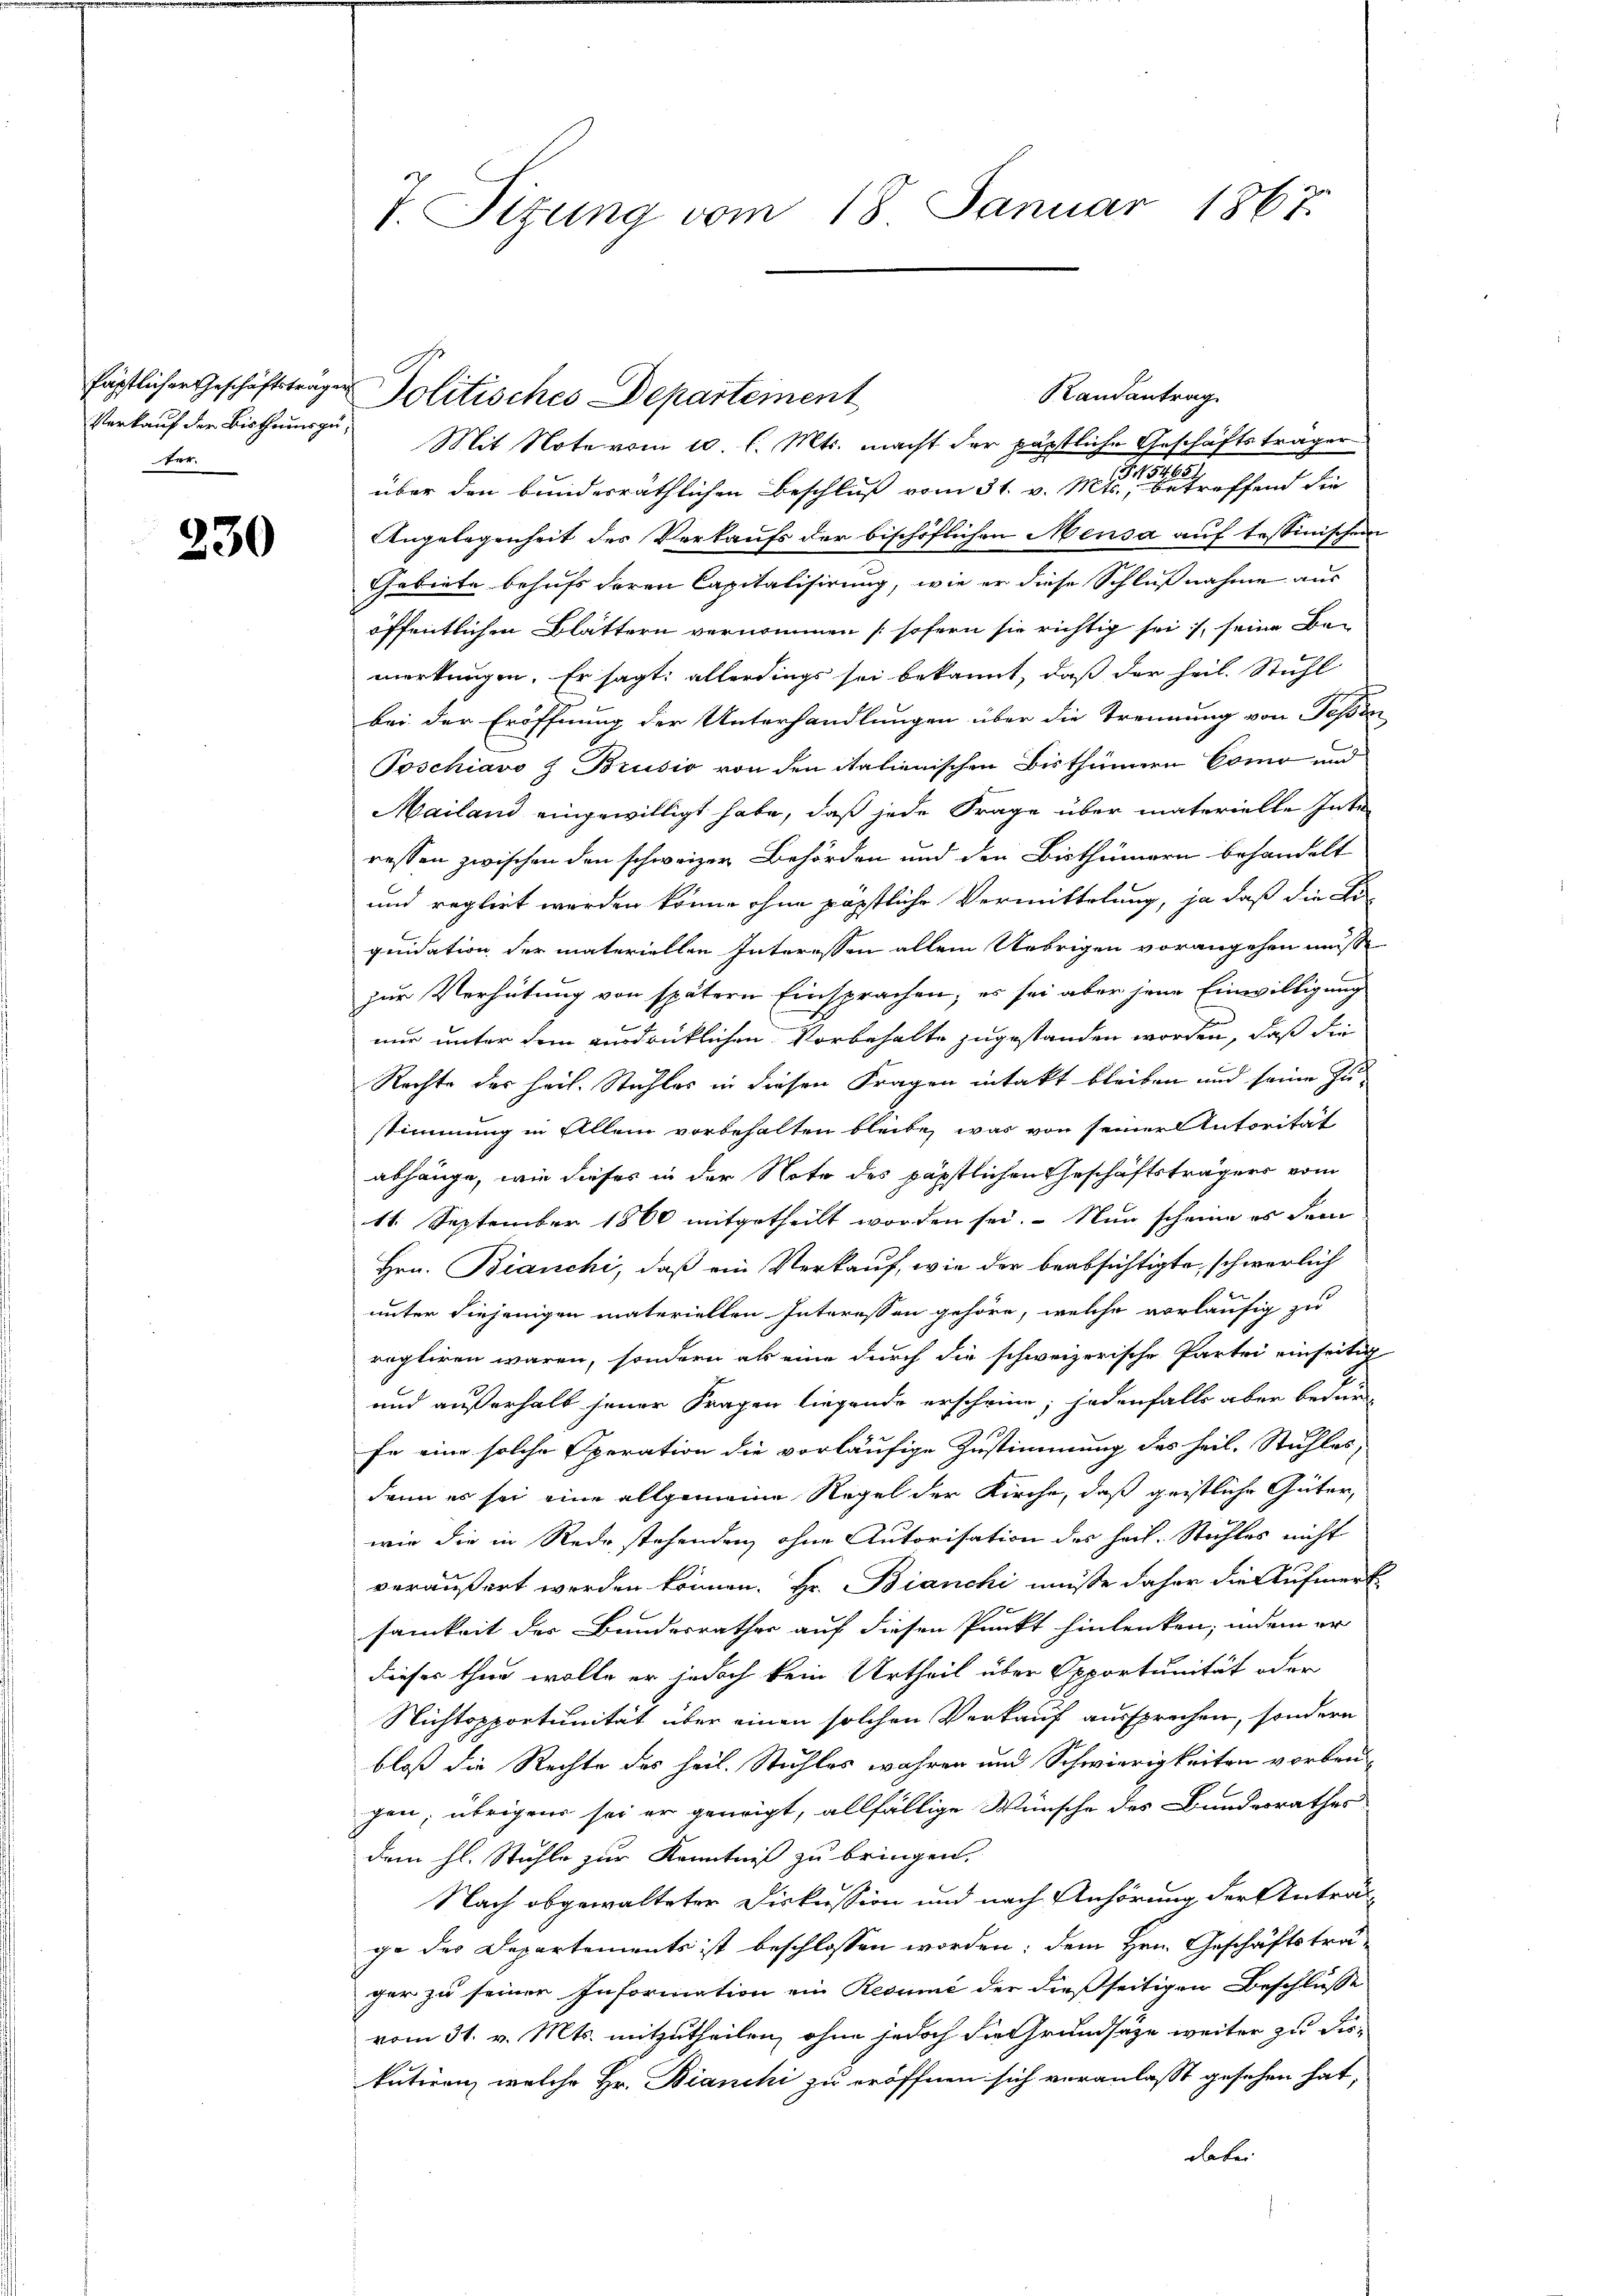
Verkauf der Bisthumsguter.

230

Mit Note vom 10. l. Mts. macht der pärtliche Geschäftsträger
über den bunderräthlichen Beschluß vom 31. v. Mts. treffend die
Angelegenheit der Verkaufs der bischöflichen Mensa auf tessinischen
Gebiete behufs deren Capitalisirung, wie er diese Schlußnahme aus
öffentlichen Blättern vernommen (sofern sie richtig sei, seine Bemerkungen. Er sagt: allerdings sei bekannt, daß der heil. Stuhl
bei der Eröffnung der Unterhandlungen über die Trennung von Teßin
Poschiavo z Brusio von den italienischen Bisthumen Como und
Mailand eingewilligt habe, daß jede Frage über materielle Inte-
ressen zwischen den schweizer Behörden und den Bisthümern behandelt
und reglirt werden könne ohne päpstliche Vermittelung, ja daß die Fiquidation der materiellen Interessen allein Uebrigen vorangehen müsse
zur Verhütung von spätern Einsprachen; es sei aber jene Einwilligung
nur unter dem ausdrücklichen Vorbehalte zugestanden worden, daß die
Rechte des Heil. Stuhles in diesen Fragen intakt bleiben und seine Zustimmung in Allem vorbehalten bleibe, was von seiner Autorität
abhänge, wie dieses in der Note des päpstlichen Geschäftsträgers vom
11. September 1860 mitgetheilt worden sei. Nun scheine es sein
Hrn. Bianchi, daß ein Verkauf, wie der beabsichtigte schwerlich
unter diejenigen materiellen Interessen gehöre, welche vorläufig zu
regliren wären, sondern als eine durch die schweizerische Partei einseitig
und außerhalb jener Fragen liegende erscheine; jedenfalls aber bedürfe eine solche Operation die vorläufige Zustimmung des heil. Stuhles,
dann es sei eine allgemeine Regel der Kirche, daß geistliche Güter,
wie die in Rede stehenden, ohne Autorisation des heil. Stichtes nicht
veräußert werden können. Hr. Bianchi müße daher die Aufmerk-
samkeit der Bundesrathes auf diesen Punkt hinlenken, indem er
dieses thun wolle er jedoch kein Urtheil über Opportunität oder
Nichtopportunität über einen solchen Verkauf aussprechen, sondern
bloß die Rechte des heil. Stuhles wahren und Schwierigkeiten vorben-
gen; übrigens sei er geneigt, allfällige Wünsche des Bundesrathes
dem hl. Stuhle zur Kenntniß zu bringen.
Nach abgewalteter Diskussion und nach Anhörung der Anträgge des Departements ist beschlossen worden; dem Hrn. Geschäftsträger zu seiner Information ein Resume der dießseitigen Beschlusse
vom 31. v. Mts. mitzutheilen, ohne jedoch die Grundsatze weiter zu diekutiren, welche Hr. Bianchi zu eröffnen sich veranlasst gesehen hat,
dabei

7. Sizung vom 18. Januar 1867.

fäptlicher Geschäftsträger Politisches Departement

Randantrag